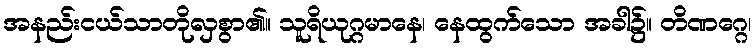
အနည်းငယ်သာတိုလှစွာ၏။ သူရိယုဂ္ဂမာနေ၊ နေထွက်သော အခါ၌။ တိဏဂ္ဂေ၊